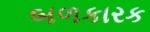
બળકારક